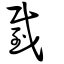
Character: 臷